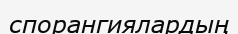
спорангиялардың